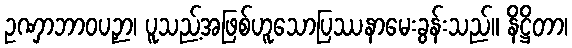
ဥဏှာဘာဝပဉှာ၊ ပူသည့်အဖြစ်ဟူသောပြဿနာမေးခွန်းသည်။ နိဋ္ဌိတာ၊